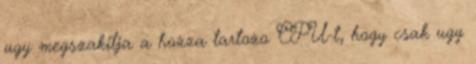
ugy megszakitja a hozza tartozo CPU-t, hogy csak ugy